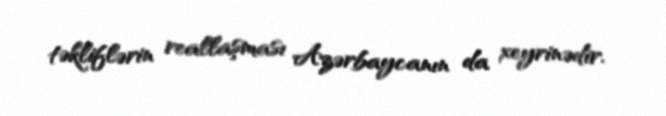
təkliflərin reallaşması Azərbaycanın da xeyrinədir.